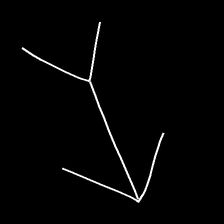
Glyph: gather